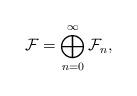
LaTeX: \begin{align*}\mathcal F=\bigoplus_{n=0}^\infty\mathcal F_n,\end{align*}